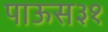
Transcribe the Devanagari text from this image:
पाऊस३१